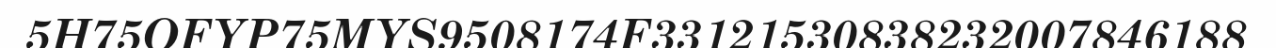
5H75OFYP75MYS9508174F33121530838232007846188